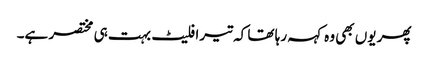
پھر یوں بھی وہ کہہ رہا تھا کہ تیرا فلیٹ بہت ہی مختصر ہے۔